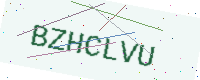
Text: BZHCLVU